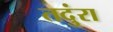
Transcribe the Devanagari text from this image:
तदुंरा